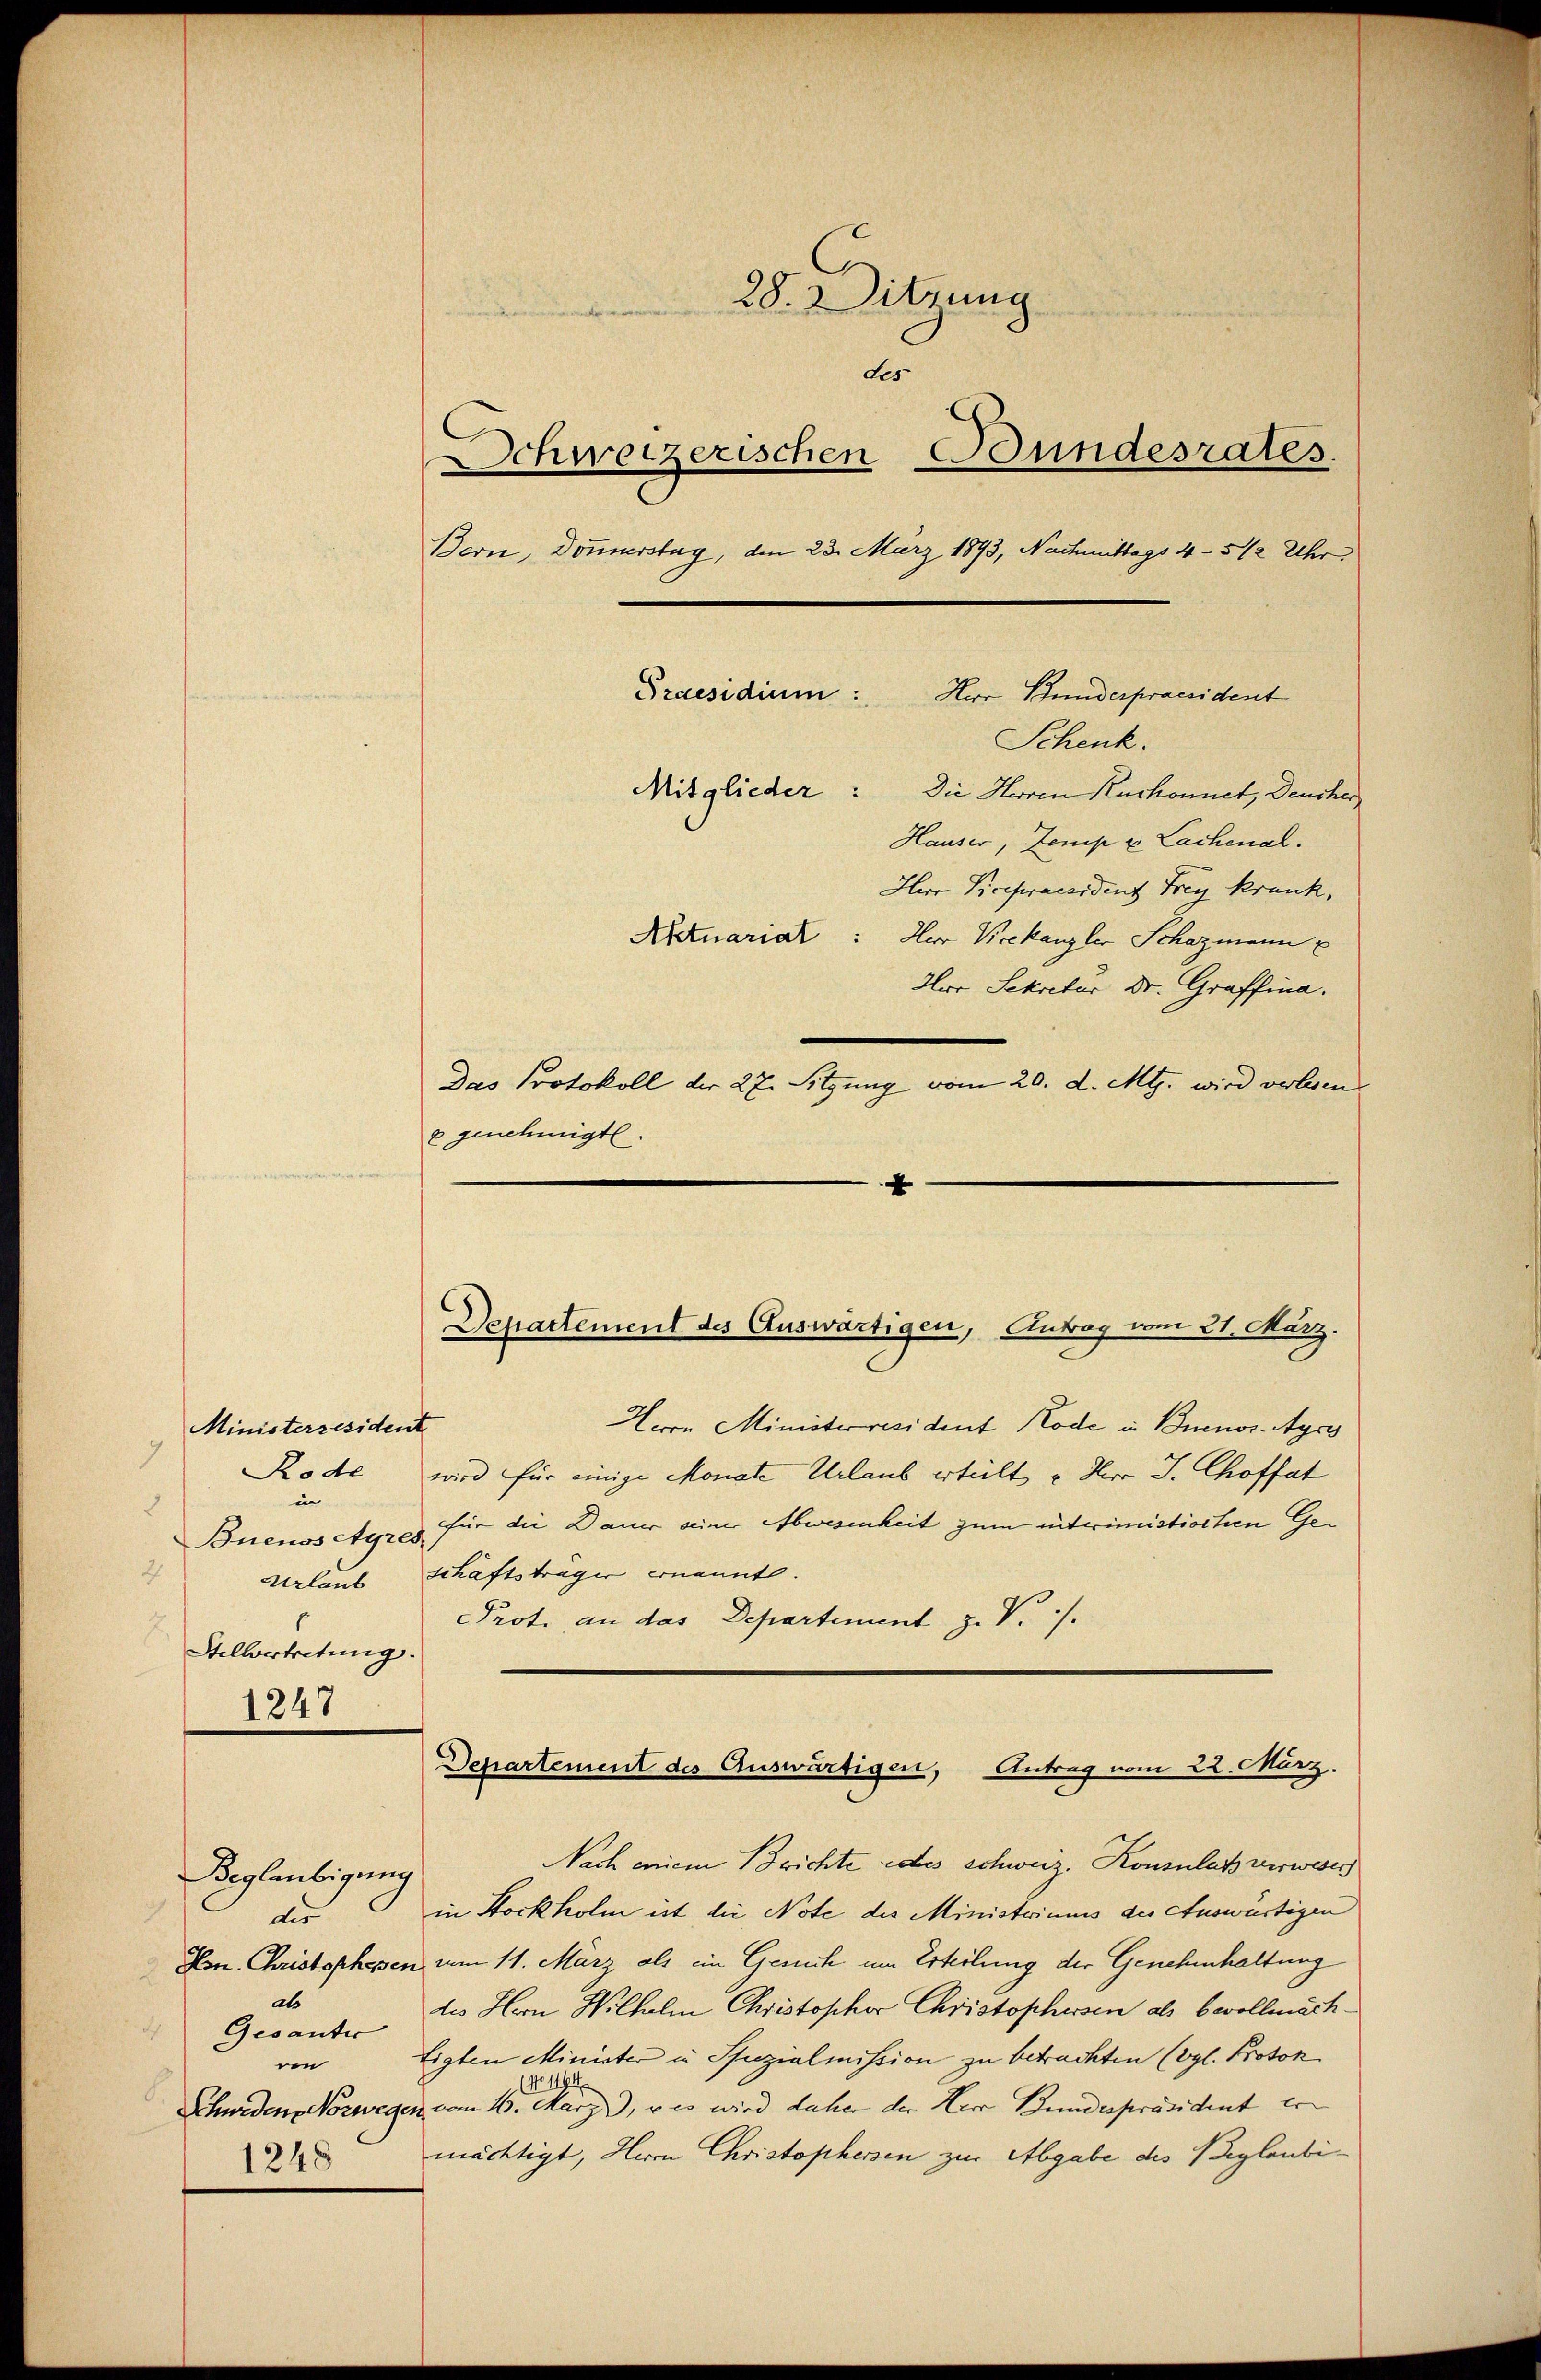
Ministerzesident
Rode
in
2
2
Urlaub
Stellvertretung.
1247

Beglaubigung
des
als
Gesanter
en
1248

28. Sitzung
des
Schweizerischen Bundesrates.
Bern, Donnerstag, den 23. März 1893, Nachmittags 4-5 12 Uhr
Praesidium:
Mitglieder: Die Herren Kurhonnet, Deucher
Hauser, Zemp u Lachenal.
Herr Vicepraesident Frey Krank,
Aktuariat
Herr Vicekanzler Schazmann
Hur Sekretur Dr. Graffina.
Das Protokoll der 27. Sitzung vom 20. d. Mts. wird verlesen.
x genehmigt.

x

Herr Bundespraesident
Schenk.

Departement des Auswärtigen, Antrag vom 21. März.

Herrn Ministerresident Rode in Buenos-Ayrs
wird für einige Monate Urlaub erteilt u Herr J. Choffat
Buenosetyres für die Dauer seiner Abwesenheit zum interimistischen Geschäftsträger ernannte.
Prot. an das Departement z. V. /.

Departement des Auswärtigen, Antrag vom 22. März.

Nach einem Brichte des schweiz. Konsulatz verweser
in Stockholm ist die Note des Ministriums der Auswärtigen
Hrn. Christophesen vom 11. März als ein Gesuch um Erteilung der Genehmhaltung
des Hern Wilhelm Christopher Christophussen als bevollmächtigten Minister in Spezialmission zu betrachten (vgl. Proton.
(No 1194
Schwedene Norwegen vom 16. März), v es wird daher der Herr Bundespräsident er
mächtigt, Herrn Christophersen zur Abgabe des Beglaubi¬